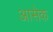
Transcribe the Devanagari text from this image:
आसेक